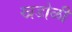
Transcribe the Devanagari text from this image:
खडोळी